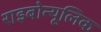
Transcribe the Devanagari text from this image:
राइबोन्यूलिक